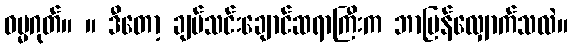
ဓမ္မဂုတ်။ ။ ဒီတော့ ချပ်သင်းချောင်ဆရာကြီးက ဘာပြန်လျှောက်သလဲ။